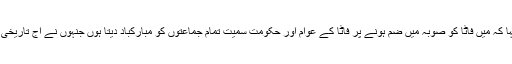
انہوں نے کہا کہ میں فاٹا کو صوبہ میں ضم ہونے پر فاٹا کے عوام اور حکومت سمیت تمام جماعتوں کو مبارکباد دیتا ہوں جنہوں نے آج تاریخی کام کیا ہے۔